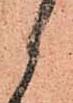
々